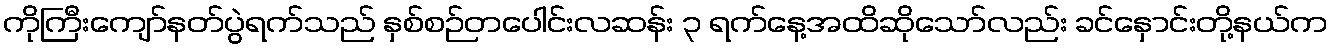
ကိုကြီးကျော်နတ်ပွဲရက်သည် နှစ်စဉ်တပေါင်းလဆန်း ၃ ရက်နေ့အထိဆိုသော်လည်း ခင်နှောင်းတို့နယ်က